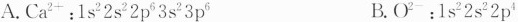
A.Ca^{2+}：1s^{2}2s^{2}2p^{6}3s^{2}3p^{6} B.O^{2-}：1s^{2}2s^{2}2p^{4}